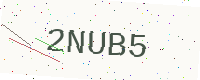
Text: 2NUB5